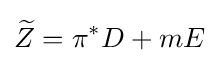
{\widetilde {Z}}=\pi ^{*}D+mE